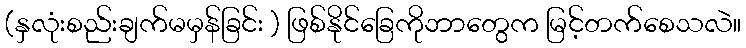
(နှလုံးစည်းချက်မမှန်ခြင်း ) ဖြစ်နိုင်ခြေကိုဘာတွေက မြင့်တက်စေသလဲ။